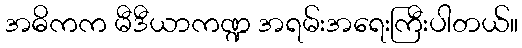
အဓိကက မီဒီယာကဏ္ဍ အရမ်းအရေးကြီးပါတယ်။